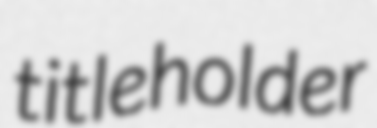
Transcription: titleholder